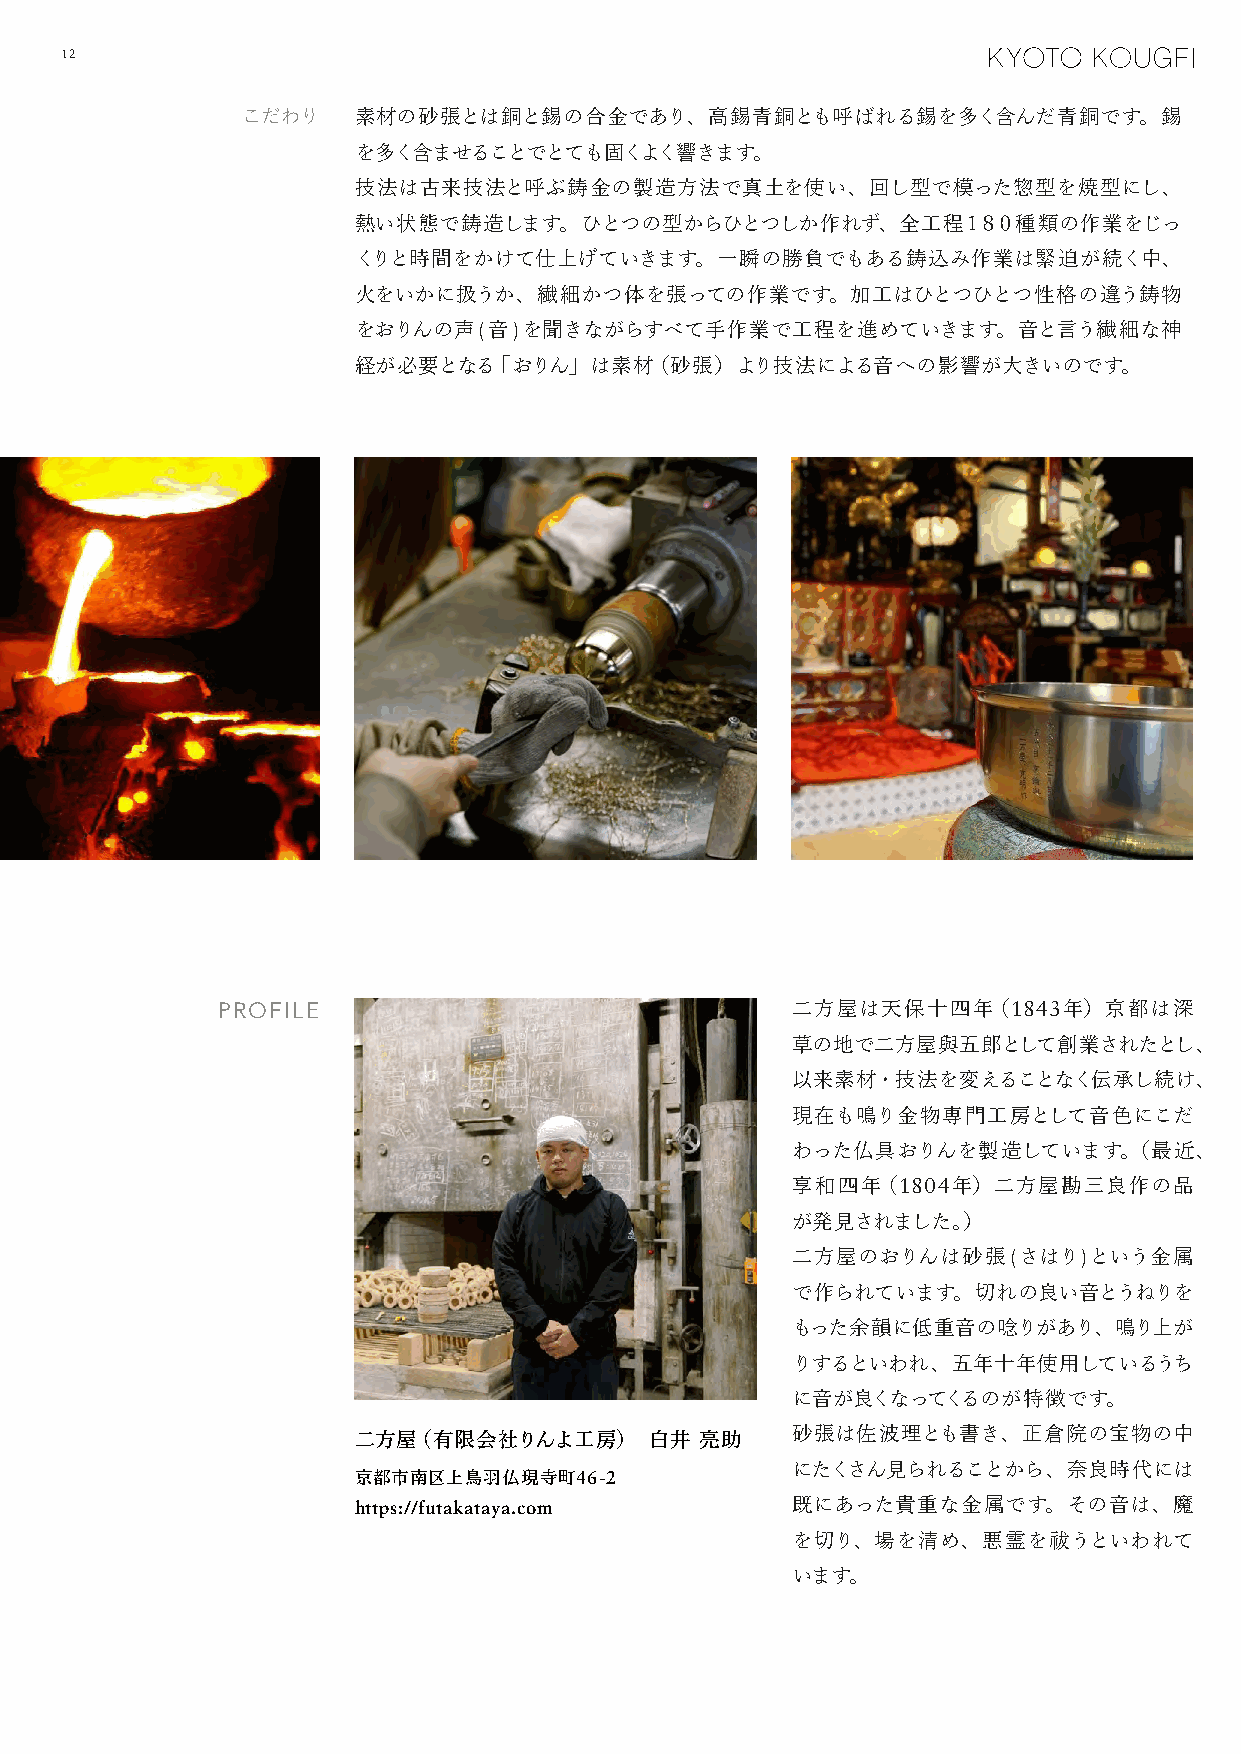
12
 こだわり   素材の砂張とは銅と錫の合金であり、高錫青銅とも呼ばれる錫を多く含んだ青銅です。錫
 を多く含ませることでとても固くよく響きます。
 技法は古来技法と呼ぶ鋳金の製造方法で真土を使い、回し型で模った惣型を焼型にし、
 熱い状態で鋳造します。ひとつの型からひとつしか作れず、全工程１８０種類の作業をじっ
 くりと時間をかけて仕上げていきます。一瞬の勝負でもある鋳込み作業は緊迫が続く中、
 火をいかに扱うか、繊細かつ体を張っての作業です。加工はひとつひとつ性格の違う鋳物
 をおりんの声(音)を聞きながらすべて手作業で工程を進めていきます。音と言う繊細な神
 経が必要となる「おりん」は素材（砂張）より技法による音への影響が大きいのです。
 PROFILE                               二方屋は天保十四年（1843年）京都は深
 草の地で二方屋與五郎として創業されたとし、
 以来素材・技法を変えることなく伝承し続け、
 現在も鳴り金物専門工房として音色にこだ
 わった仏具おりんを製造しています。（最近、
 享和四年（1804年）二方屋勘三良作の品
 が発見されました。）
 二方屋のおりんは砂張(さはり)という金属
 で作られています。切れの良い音とうねりを
 もった余韻に低重音の唸りがあり、鳴り上が
 りするといわれ、五年十年使用しているうち
 に音が良くなってくるのが特徴です。
 二方屋（有限会社りんよ工房）      白井 亮助
 砂張は佐波理とも書き、正倉院の宝物の中
 にたくさん見られることから、奈良時代には
 京都市南区上鳥羽仏現寺町46-2
 https://futakataya.com       既にあった貴重な金属です。その音は、魔
 を切り、場を清め、悪霊を祓うといわれて
 います。